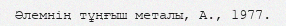
Әлемнің тұңғыш металы, А., 1977.